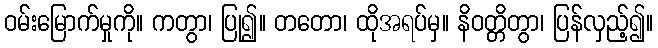
ဝမ်းမြောက်မှုကို။ ကတွာ၊ ပြု၍။ တတော၊ ထိုအရပ်မှ။ နိဝတ္တိတွာ၊ ပြန်လှည့်၍။